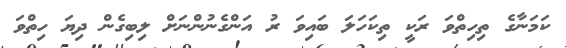
ކަމަނާގެ ތިހިތްވަ ރަކީ ތިކަހަލަ ބައިވަ ރު އަންގެނުންނަށް ލިބިގެން ދިޔަ ހިތްވަ